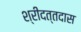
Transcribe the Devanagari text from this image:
श्रीदत्तदास